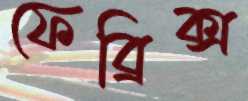
ফেব্রিক্স